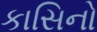
કાસિનો